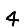
Digit: 4